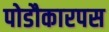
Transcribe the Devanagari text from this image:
पोडौकारपस